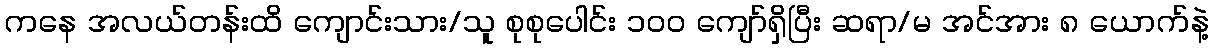
ကနေ အလယ်တန်းထိ ကျောင်းသား/သူ စုစုပေါင်း ၁၀၀ ကျော်ရှိပြီး ဆရာ/မ အင်အား ၈ ယောက်နဲ့